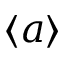
\langle a \rangle